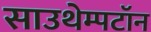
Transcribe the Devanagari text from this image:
साउथेम्पटॉन